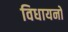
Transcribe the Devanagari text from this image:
विधायनों